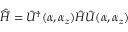
\hat { \widetilde { H } } = \hat { \cal U } ^ { \dagger } ( \alpha , \alpha _ { z } ) \hat { H } \hat { \cal { U } } ( \alpha , \alpha _ { z } )